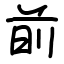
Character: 𫝐